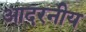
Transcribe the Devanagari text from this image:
आदरनीय